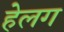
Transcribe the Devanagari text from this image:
हेलग